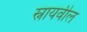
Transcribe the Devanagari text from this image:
स्नायवील